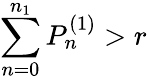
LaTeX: \sum_{n=0}^{n_{1}}P_{n}^{(1)}>r